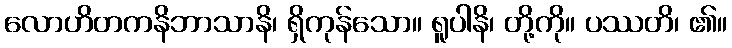
လောဟိတကနိဘာသာနိ၊ ရှိကုန်သော။ ရူပါနိ၊ တို့ကို။ ပဿတိ၊ ၏။